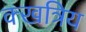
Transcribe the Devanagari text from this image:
क्खत्रिय